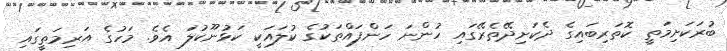
ބުރަކަށިމަތީ ކޮތަރިބައިގެ ދެކަށިދޭތެރޭގައި ހުންނަ ހަންފައްތަކުގެ ކުލައަކީ ކަޅުނޫކުލަ އެވެ. މަހުގެ އަރިމަތީގައި